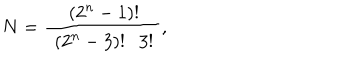
LaTeX: N = { \frac { \left( 2 ^ { n } - 1 \right) ! } { ~ \left( 2 ^ { n } - 3 \right) ! 3 ! ~ } } ,